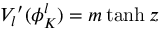
V _ { l } { ' } ( \phi _ { K } ^ { l } ) = m \operatorname { t a n h } z